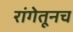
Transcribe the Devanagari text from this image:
रांगेतूनच